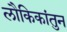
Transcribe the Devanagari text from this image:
लौकिकांतुन